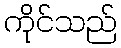
ကိုင်သည်